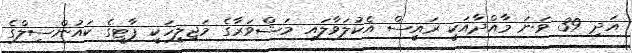
އަދި 39 ވަނަ މާއްދާއަކީ ރައީސް އެކުލަވާލައި މަޝްވަރާގެ މަޖިލީހަކީ ޕާޓީގެ ކައުންސިލްގެ